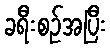
ခရီးစဉ်အပြီး